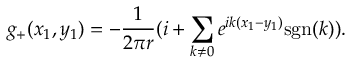
g _ { + } ( x _ { 1 } , y _ { 1 } ) = - \frac { 1 } { 2 \pi r } ( i + \sum _ { k \neq 0 } e ^ { i k ( x _ { 1 } - y _ { 1 } ) } \mathrm { s g n } ( k ) ) .